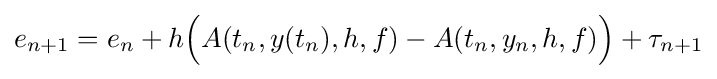
e_{n+1}=e_{n}+h{\Big (}A(t_{n},y(t_{n}),h,f)-A(t_{n},y_{n},h,f){\Big )}+\tau _{n+1}